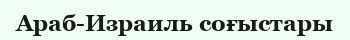
Араб-Израиль соғыстары